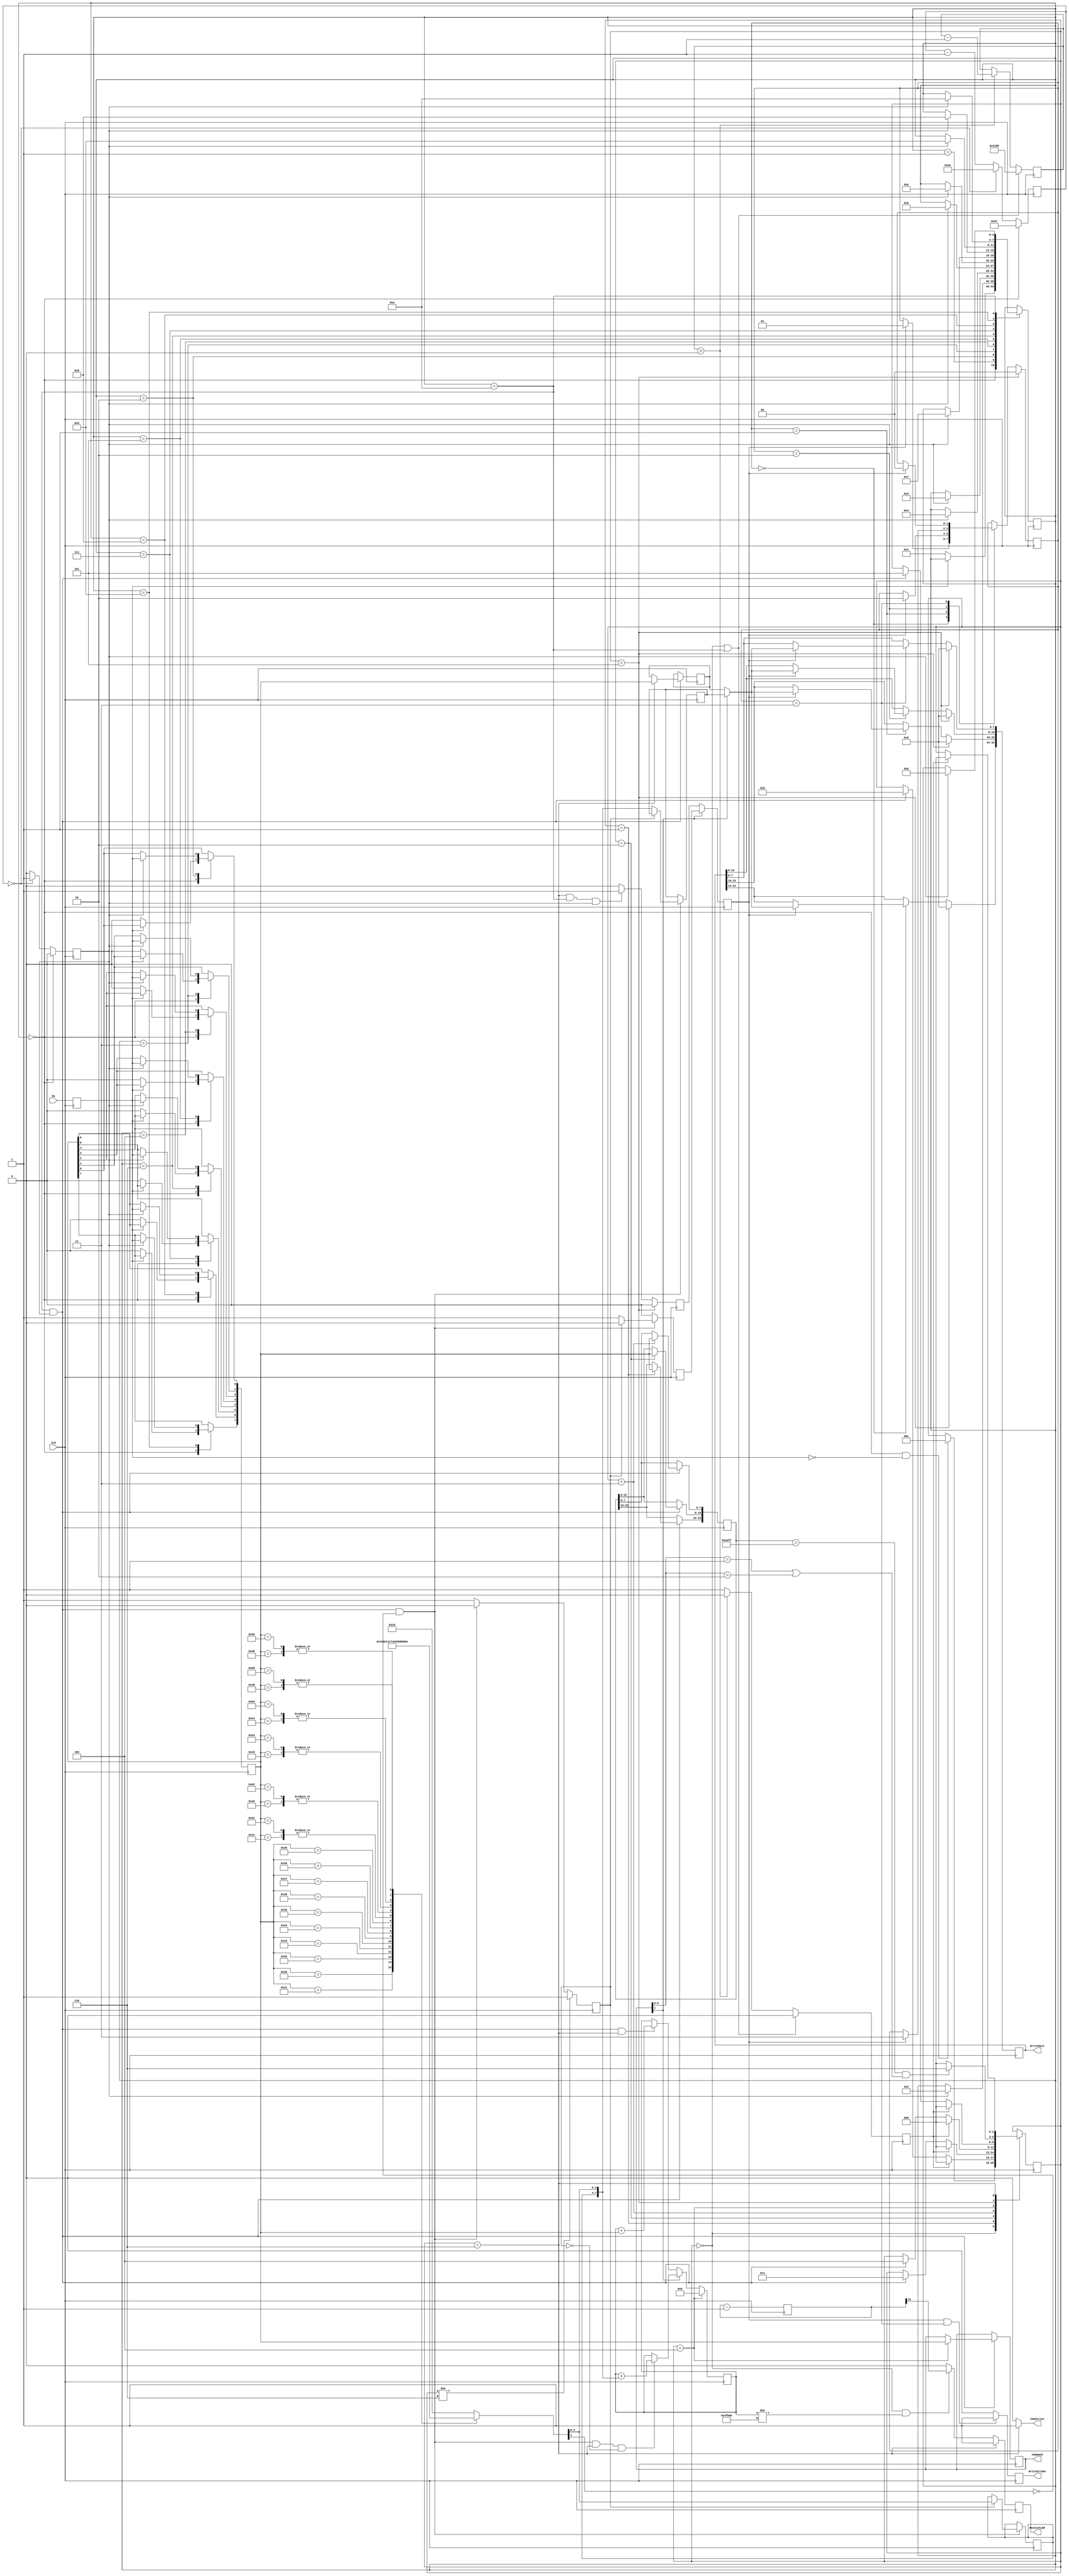
module config_UART #(
	parameter Mode = 0, // [0:auto|1:hex|2:bin] auto selects between ASCII-Hex and binary mode and takes a bit more logic, 
						// bin is for faster binary mode, but might not work on all machines/boards
						// auto uses the MSB in the command byte (the 8th byte in the comload header) to set the mode
						// "1//- ////" is for hex mode, "0//- ////" for bin mode
	parameter ComRate = 174 // ComRate = f_CLK / Boud_rate (e.g., 20 MHz/115200 Boud = 174)
) (
	input CLK,
	input Rx,
	output reg [31:0] WriteData,
	output ComActive,
	output reg WriteStrobe,
	output [7:0] Command,
	output reg ReceiveLED
);

	//constant TimeToSendValue : integer := 16777216-1; //200000000;  
	localparam TimeToSendValue = 16777-1; //200000000;  
	//localparam CRC_InitValue = 16'b1111111111111111;
	localparam TestFileChecksum = 20'h4FB00;

	function [4:0] ASCII2HEX;
	input [7:0] ASCII;
	begin
	case (ASCII)
		8'h30: ASCII2HEX = 5'b00000;// 0
		8'h31: ASCII2HEX = 5'b00001;
		8'h32: ASCII2HEX = 5'b00010;
		8'h33: ASCII2HEX = 5'b00011;
		8'h34: ASCII2HEX = 5'b00100;
		8'h35: ASCII2HEX = 5'b00101;
		8'h36: ASCII2HEX = 5'b00110;
		8'h37: ASCII2HEX = 5'b00111;
		8'h38: ASCII2HEX = 5'b01000;
		8'h39: ASCII2HEX = 5'b01001;
		8'h41: ASCII2HEX = 5'b01010;  // A
		8'h61: ASCII2HEX = 5'b01010;  // a
		8'h42: ASCII2HEX = 5'b01011;  // B
		8'h62: ASCII2HEX = 5'b01011;  // b
		8'h43: ASCII2HEX = 5'b01100;  // C
		8'h63: ASCII2HEX = 5'b01100;  // c
		8'h44: ASCII2HEX = 5'b01101;  // D
		8'h64: ASCII2HEX = 5'b01101;  // d
		8'h45: ASCII2HEX = 5'b01110;  // E
		8'h65: ASCII2HEX = 5'b01110;  // e
		8'h46: ASCII2HEX = 5'b01111;  // F
		8'h66: ASCII2HEX = 5'b01111;  // f
		default: ASCII2HEX = 5'b10000;   // The MSB encodes if there was an unknown code -> error
	endcase
	end
	endfunction

	//typedef enum{HighNibble, LowNibble} ReceiveStateType; //systemverilog
	localparam HighNibble = 1, LowNibble = 0;
	//ReceiveStateType ReceiveState;
	reg ReceiveState = HighNibble;
	reg [3:0] HighReg;
	wire [4:0] HexValue; // a 1'b0 MSB indicates a valid value on [3..0]
	reg [7:0] HexData; // the received byte in hexmode mode
	reg HexWriteStrobe; // we received two hex nibles and have a result byte

	reg [11:0] ComCount;
	reg ComTick;
	//typedef enum{WaitForStartBit, DelayAfterStartBit, GetBit0, GetBit1, GetBit2, GetBit3, GetBit4, GetBit5, GetBit6, GetBit7, GetStopBit} ComStateType;
	//ComStateType ComState;
	localparam WaitForStartBit=0, DelayAfterStartBit=1, GetBit0=2, GetBit1=3, GetBit2=4, GetBit3=5, GetBit4=6, GetBit5=7, GetBit6=8, GetBit7=9, GetStopBit=10;
	reg [3:0] ComState = WaitForStartBit;
	reg [7:0] ReceivedWord;
	reg RxLocal;

	//signal W0, W1, W2, W3, W4, W5, W6, W7 : std_logic_vector(7 downto 0);

	reg [23:0] ID_Reg;
	reg [31:0] Start_Reg;
	reg [15:0] Size_Reg;
	reg [15:0] CRC_Reg;
	reg [7:0] Command_Reg;
	reg [7:0] Data_Reg;

	wire [7:0] ReceivedByte;

	reg TimeToSend;
	reg [14:0] TimeToSendCounter;

	//typedef enum{Idle, GetID_00, GetID_AA, GetID_FF, GetCommand, EvalCommand, GetData} PresentType;
	//PresentType PresentState;
	localparam Idle=0, GetID_00=1, GetID_AA=2, GetID_FF=3, GetCommand=4, EvalCommand=5, GetData=6;
	reg [2:0] PresentState = Idle;

	//typedef enum{Word0, Word1, Word2, Word3} GetWordType;
	//GetWordType GetWordState;
	localparam Word0=0, Word1=1, Word2=2, Word3=3;
	reg [1:0] GetWordState=Word0;

	reg LocalWriteStrobe;

	reg ByteWriteStrobe;

	//wire [31:0] Data_Reg32;

	//wire [15:0] Word_Count;

	reg [19:0] CRCReg,b_counter;
	//wire [7:0] ReceivedWordDebug;
	reg [22:0] blink;

	initial begin
	CRCReg = TestFileChecksum;
	b_counter = TestFileChecksum;
	blink = 23'b00000000000000000000000;
	end

	always @ (posedge CLK)
	begin : P_sync
		RxLocal <= Rx;
	end// CLK;

	always @ (posedge CLK)
	begin : P_com_en
		if (ComState == WaitForStartBit) begin
			ComCount <= ComRate/2;// @ 25 MHz
			ComTick <= 1'b0;
		end else if (ComCount==0) begin
			ComCount <= ComRate;
			ComTick <= 1'b1;
		end else begin
			ComCount <= ComCount - 1;
			ComTick <= 1'b0;
		end
	end

	always @ (posedge CLK)
	begin : P_COM
		case(ComState)
		WaitForStartBit: begin
			if (RxLocal==1'b0) begin
				ComState <= DelayAfterStartBit;
				ReceivedWord <= 0;
			end
		end
		DelayAfterStartBit: begin
			if (ComTick==1'b1) begin
				ComState <= GetBit0;
			end
		end
		GetBit0: begin
			if (ComTick==1'b1) begin
				ComState <= GetBit1;
				ReceivedWord[0] <= RxLocal;
			end
		end
		GetBit1: begin
			if (ComTick==1'b1) begin
				ComState <= GetBit2;
				ReceivedWord[1] <= RxLocal;
			end
		end
		GetBit2: begin
			if (ComTick==1'b1) begin
				ComState <= GetBit3;
				ReceivedWord[2] <= RxLocal;
			end
		end
		GetBit3: begin
			if (ComTick==1'b1) begin
				ComState <= GetBit4;
				ReceivedWord[3] <= RxLocal;
			end
		end
		GetBit4: begin
			if (ComTick==1'b1) begin
				ComState <= GetBit5;
				ReceivedWord[4] <= RxLocal;
			end
		end
		GetBit5: begin
			if (ComTick==1'b1) begin
				ComState <= GetBit6;
				ReceivedWord[5] <= RxLocal;
			end
		end
		GetBit6: begin
			if (ComTick==1'b1) begin
				ComState <= GetBit7;
				ReceivedWord[6] <= RxLocal;
			end
		end
		GetBit7: begin
			if (ComTick==1'b1) begin
				ComState <= GetStopBit;
				ReceivedWord[7] <= RxLocal;
			end
		end
		GetStopBit: begin
			if (ComTick==1'b1) begin
				ComState <= WaitForStartBit;
			end
		end
		endcase
// scan order:
// <-to_modules_scan_in <- LSB_W0..MSB_W0 <- LSB_W1.... <- LSB_W7 <- from_modules_scan_out
// W8(7..1)
		if (ComState==GetStopBit && ComTick==1'b1) begin
			case (PresentState)
				GetID_00: ID_Reg[23:16] <= ReceivedWord;
				GetID_AA: ID_Reg[15:8] <= ReceivedWord;
				GetID_FF: ID_Reg[7:0] <= ReceivedWord;
//         when GetSize0 => Size_Reg(15 downto 8) <= ReceivedWord;
//         when GetSize1 => Size_Reg(7 downto 0) <= ReceivedWord;
//         when GetCRC_H => CRC_Reg(15 downto 8) <= ReceivedWord;
//         when GetCRC_L => CRC_Reg(7 downto 0) <= ReceivedWord;
				GetCommand: Command_Reg <= ReceivedWord;
				GetData: Data_Reg <= ReceivedWord;
			endcase
		end
	end//CLK

	always @(posedge CLK)
	begin : P_FSM
		case(PresentState)
		Idle: begin
			if (ComState==WaitForStartBit && RxLocal==1'b0) begin 
				PresentState <= GetID_00;
			end
		end
		GetID_00: begin
			if (TimeToSend==1'b1) begin 
				PresentState<=Idle;
			end else if (ComState==GetStopBit && ComTick==1'b1) begin
				PresentState <= GetID_AA;
			end
		end
		GetID_AA: begin
			if (TimeToSend==1'b1) begin
				PresentState<=Idle;
			end else if (ComState==GetStopBit && ComTick==1'b1) begin
				PresentState <= GetID_FF;
			end
		end
		GetID_FF: begin
			if (TimeToSend==1'b1) begin
				PresentState<=Idle;
			end else if (ComState==GetStopBit && ComTick==1'b1) begin 
				PresentState <= GetCommand;
			end
		end
//		GetSize1:
//        if TimeToSend=1'b1 begin PresentState<=Idle;
//        elsif ComState=GetStopBit && ComTick=1'b1 begin PresentState <= GetSize0; end if;
//		GetSize0:
//        if TimeToSend=1'b1 begin PresentState<=Idle;
//        elsif ComState=GetStopBit && ComTick=1'b1 begin PresentState <= GetCommand; end if;
		GetCommand: begin
			if (TimeToSend==1'b1) begin
				PresentState<=Idle;
			end else if (ComState==GetStopBit && ComTick==1'b1) begin 
				PresentState <= EvalCommand;
			end
		end
		EvalCommand: begin
			if (ID_Reg==24'h00AAFF && (Command_Reg[6:0]=={3'b000,4'h1} || Command_Reg[6:0]=={3'b000,4'h2})) begin
				PresentState <= GetData;
			end else begin
				PresentState <= Idle;
			end
		end
		GetData: begin
			if (TimeToSend==1'b1) begin 
				PresentState<=Idle; 
			end
		end
		endcase
	end//CLK
	assign Command = Command_Reg;

	if (Mode==0 || Mode==1) begin : L_hexmode// mode [0:auto|1:hex|2:bin]
		assign HexValue = ASCII2HEX(ReceivedWord);
		always @ (posedge CLK)
		begin
			if (PresentState!=GetData) begin
				ReceiveState <= HighNibble;
			end else if (ComState==GetStopBit && ComTick==1'b1 && HexValue[4]==1'b0) begin
				if(ReceiveState==HighNibble) begin
					ReceiveState <= LowNibble;
				end
			end else begin
			  ReceiveState <= HighNibble;
			end
		//end// CLK
			if (ComState==GetStopBit && ComTick==1'b1 && HexValue[4]==1'b0) begin
				if(ReceiveState==HighNibble) begin
					HighReg <= HexValue[3:0];
					HexWriteStrobe <= 1'b0;
				end else begin// LowNibble
					HexData <= {HighReg,HexValue[3:0]};
					HexWriteStrobe <= 1'b1;
				end
			end else begin
				HexWriteStrobe <= 1'b0;
			end
		end// CLK
	end

	always @(posedge CLK)
	begin : P_checksum
		if (PresentState==GetCommand) begin // init before data arrives 
			CRCReg <= 0;
			b_counter <= 0;
		end else if (Mode==1 || (Mode==0 && Command_Reg[7]==1'b1)) begin // mode [0:auto|1:hex|2:bin]
			// if hex mode or if auto mode with detected hex mode in the command register
			if (ComState==GetStopBit && ComTick==1'b1 && HexValue[4]==1'b0 && PresentState==GetData && ReceiveState==LowNibble) begin
				CRCReg <= CRCReg + {HighReg,HexValue[3:0]};
				b_counter <= b_counter+1;
			end
		end else begin// binary mode
			if (ComState==GetStopBit && ComTick==1'b1 && (PresentState==GetData)) begin
				CRCReg <= CRCReg + ReceivedWord;
				b_counter <= b_counter +1;
			end
		end// checksum computation

		if (PresentState==GetData) begin
			ReceiveLED <= 1'b1; // receive process in progress
		end else if ((PresentState==Idle) && (CRCReg!=TestFileChecksum)) begin
			//ReceiveLED <= blink(blink'high);
			ReceiveLED <= blink[22];
		end else begin
			ReceiveLED <= 1'b0; // receive process was OK
		end

		blink <= blink-1;

	end //CLK

	always @(posedge CLK)
	begin : P_bus
		if (PresentState==EvalCommand) begin
			LocalWriteStrobe <= 1'b0;
		end else if (PresentState==GetData && ComState==GetStopBit && ComTick==1'b1) begin
			LocalWriteStrobe <= 1'b1;
		end else begin
			LocalWriteStrobe <= 1'b0;
		end

		if (Mode==2 || (Mode==0 && Command_Reg[7]==1'b0)) begin // mode [0:auto|1:hex|2:bin]
		// if binary mode or if auto mode with detected binary mode in the command register
			ByteWriteStrobe <= LocalWriteStrobe; // delay Strobe to ensure that data is valid when applying CLK
													// should further prevent glitches in ICAP CLK
		end else begin
			ByteWriteStrobe <= HexWriteStrobe;
		end
	end// CLK

	always @(posedge CLK)
	begin : P_WordMode
		if (PresentState==EvalCommand) begin
			GetWordState <= Word0;
			WriteData <= 0;
		end else begin
			case(GetWordState)
			Word0: begin
				if (ByteWriteStrobe==1'b1) begin
					WriteData[31:24] <= ReceivedByte;
					GetWordState <= Word1;
				end
			end
			Word1: begin
				if (ByteWriteStrobe==1'b1) begin
					WriteData[23:16] <= ReceivedByte;
					GetWordState <= Word2;
				end
			end
			Word2: begin
				if (ByteWriteStrobe==1'b1) begin
					WriteData[15:8] <= ReceivedByte;
					GetWordState <= Word3;
				end
			end
			Word3: begin
				if (ByteWriteStrobe==1'b1) begin
					WriteData[7:0] <= ReceivedByte;
					GetWordState <= Word0;
				end
			end
			endcase
		end

		if (ByteWriteStrobe==1'b1 && GetWordState==Word3) begin
			WriteStrobe <= 1'b1;
		end else begin
			WriteStrobe <= 1'b0;
		end
	end// CLK

	//ComLoaderActive <= 1'b0;
	assign ReceivedByte = (Mode==2 || (Mode==0 && Command_Reg[7]==1'b0)) ? Data_Reg : HexData; // mode [0:auto|1:hex|2:bin]
	// if binary mode or if auto mode with detected binary mode in the command register
	// ReceivedWordDebug <= Data_Reg when (Mode="bin" OR (Mode="auto" && Command_Reg(7)=1'b0)) else HexData;
	assign ComActive = (PresentState==GetData) ? 1'b1 : 1'b0;

	always @(posedge CLK)
	begin : P_TimeOut
		if (PresentState==Idle || ComState==GetStopBit) begin
		//Init TimeOut
			TimeToSendCounter <= TimeToSendValue;
			TimeToSend <= 1'b0;
		end else if (TimeToSendCounter>0) begin
			TimeToSendCounter <= TimeToSendCounter - 1;
			TimeToSend <= 1'b0;
		end else begin
			TimeToSendCounter <= TimeToSendCounter;
			TimeToSend <= 1'b1; // force FSM to go back to idle when inactive
		end
	end//CLK

endmodule